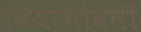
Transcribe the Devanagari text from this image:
बियांभोवती